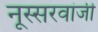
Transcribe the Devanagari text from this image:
नूस्सरवांजी